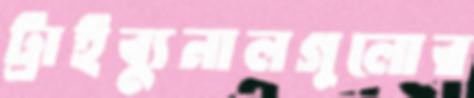
ট্রাইব্যুনালগুলোর